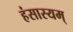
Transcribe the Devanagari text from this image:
हंसास्यम्